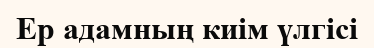
Ер адамның киім үлгісі